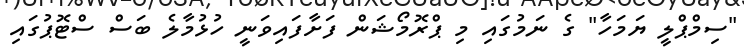
"ސިމްޕްލީ ޔަމަހާ" ގެ ނަމުގައި މި ޕްރޮމޯޝަން ފަށާފައިވަނީ ހުޅުމާލެ ބަސް ސްޓޮޕުގައި